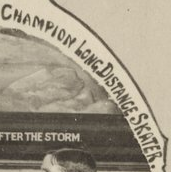
CHAMPION LONGDISTANCE SKATER.